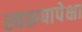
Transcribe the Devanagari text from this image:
स्वरूपापेक्षा